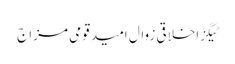
ٹیگزاخلاقی زوال امید قومی مزاج